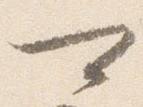
可